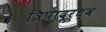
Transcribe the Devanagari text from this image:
त्रिपादूर्ध्व